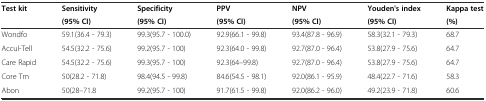
<table><thead><tr><td rowspan="2"><b>Test kit</b></td><td><b>Sensitivity</b></td><td><b>Specificity</b></td><td><b>PPV</b></td><td><b>NPV</b></td><td><b>Youden&#x27;s index</b></td><td><b>Kappa test</b></td></tr><tr><td><b>(95% CI)</b></td><td><b>(95% CI)</b></td><td><b>(95% CI)</b></td><td><b>(95% CI)</b></td><td><b>(95% CI)</b></td><td><b>(%)</b></td></tr></thead><tbody><tr><td>Wondfo</td><td>59.1(36.4 - 79.3)</td><td>99.3(95.7 - 100.0)</td><td>92.9(66.1 - 99.8)</td><td>93.4(87.8 - 96.9)</td><td>58.3(32.1 - 79.3)</td><td>68.7</td></tr><tr><td>Accul-Tell</td><td>54.5(32.2 - 75.6)</td><td>99.2(95.7 - 100)</td><td>92.3(64.0 - 99.8)</td><td>92.7(87.0 - 96.4)</td><td>53.8(27.9 - 75.6)</td><td>64.7</td></tr><tr><td>Care Rapid</td><td>54.5(32.2 - 75.6)</td><td>99.3(95.7 - 100)</td><td>92.3(64–99.8)</td><td>92.7(87.0 - 96.4)</td><td>53.8(27.9 - 75.6)</td><td>64.7</td></tr><tr><td>Core Tm</td><td>50(28.2 - 71.8)</td><td>98.4(94.5 - 99.8)</td><td>84.6(54.5 - 98.1)</td><td>92.0(86.1 - 95.9)</td><td>48.4(22.7 - 71.6)</td><td>58.3</td></tr><tr><td>Abon</td><td>50(28–71.8</td><td>99.2(95.7 - 100)</td><td>91.7(61.5 - 99.8)</td><td>92.0(86.2 - 96.0)</td><td>49.2(23.9 - 71.8)</td><td>60.6</td></tr></tbody></table>